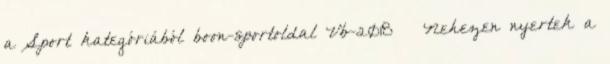
a Sport kategóriából boon-sportoldal Vb-2018 – Nehezen nyertek a